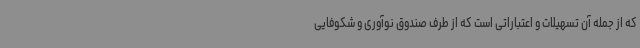
که از جمله آن تسهیلات و اعتباراتی است که از طرف صندوق نوآوری و شکوفایی